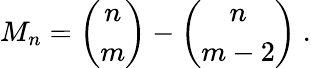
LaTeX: M_{n}=\left(\begin{array}{c}{{n}}\\ {{m}}\end{array}\right)-\left(\begin{array}{c}{{n}}\\ {{m-2}}\end{array}\right)~.